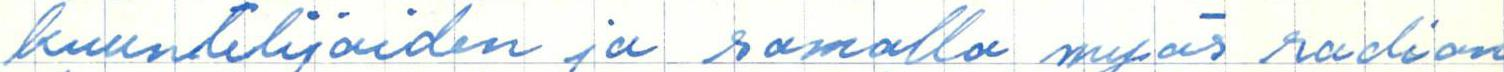
kuuntelijoiden ja samalla myös radion